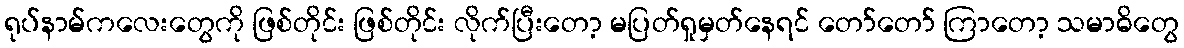
ရုပ်နာမ်ကလေးတွေကို ဖြစ်တိုင်း ဖြစ်တိုင်း လိုက်ပြီးတော့ မပြတ်ရှုမှတ်နေရင် တော်တော် ကြာတော့ သမာဓိတွေ